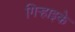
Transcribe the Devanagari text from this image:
गिर्‍हाइके